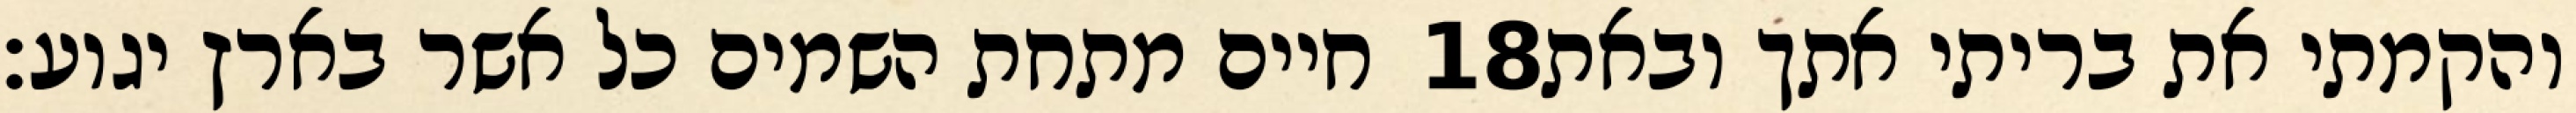
חיים מתחת השמים כל אשר בארץ יגוע׃ ‎18‏ והקמתי את בריתי אתך ובאת